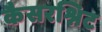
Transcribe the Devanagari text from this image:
कैसरश्निट